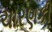
ચારણકી